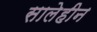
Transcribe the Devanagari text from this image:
सालेहीन